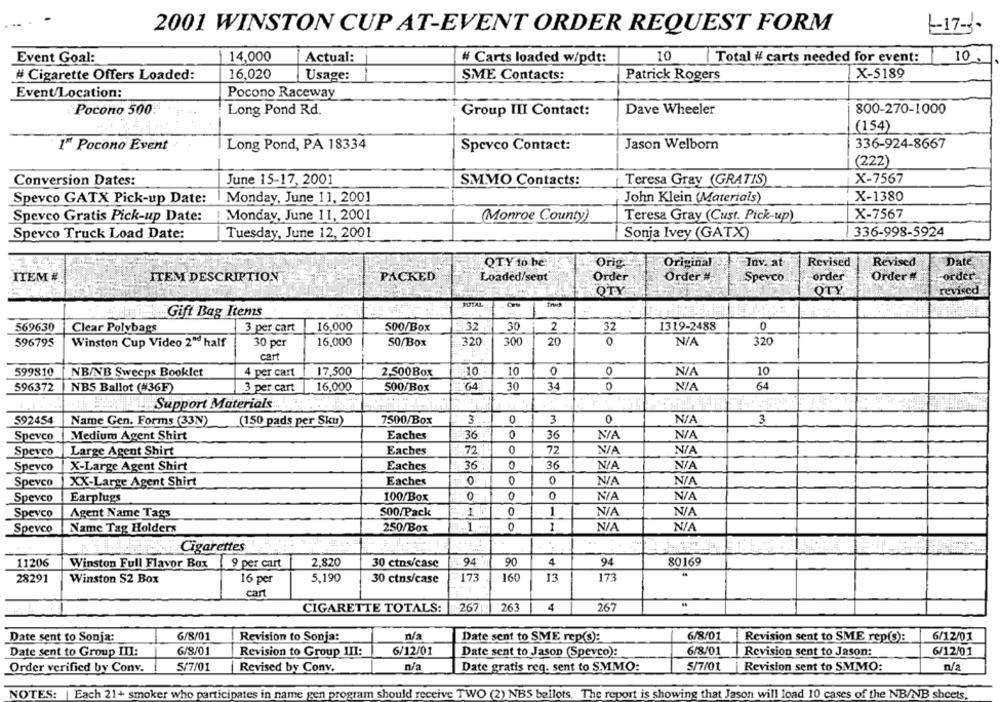
1-17%.
2001 WINSTON CUP AT-EVENT ORDER REQUEST FORM
10
Event Goal:
14,000
Actual:
# Carts loaded w/pdt:
10
Total # carts needed for event:
# Cigarette Offers Loaded:
16,020
Usage:
SME Contacts:
Patrick Rogers
X-5189
Event/Location:
Pocono Raceway
Pocono 500.
Long Pond Rd.
Group III Contact:
Dave Wheeler
800-270-1000
(154)
1ª Pocono Event
Long Pond, PA 18334
Spevco Contact:
Jason Welborn
336-924-8667
(222)
Conversion Dates:
June 15-17, 2001
SMMO Contacts:
Teresa Gray (GRATIS)
X-7567
Spevco GATX Pick-up Date: | Monday, June 11, 2001
John Klein (Materials)
X-1380
Spevco Gratis Pick-up Date:
! Monday, June 11, 2001
(Monroe County)
Teresa Gray (Cust. Pick-up)
X-7567
Spevco Truck Load Date:
Tuesday, June 12, 2001
Sonja Ivey (GATX)
336-998-5924
QTY to be:
Orig
Original
Inv. at
Revised
Revised
Date
ITEM #
ITEM DESCRIPTION
PACKED
Loaded/seut
Order
Order #
Spevco
order
Order #
order.
OTY
OTY
revised
TOTAL
Gift Bag Items
569630
Clear Polybags
3 per cart
16,000
500/Box
32
30
2
32
1319-2488
596795
Winston Cup Video 2nd half
30 per
16,000
50/Box
320
300
20
0
320
cart
599810
4 per cart
17,500
10.
10
0
0
10
NB/NB Sweeps Booklet
2.500Box
64
596372
NBS Ballot (#36F)
3 per cart
16,000
500/Box
64
30
34
0
Support
Support Materials
592454
Name Gen. Forms (33N)
7500/Box
3
0
3
0
3
(150 pads per Sku)
Eaches
36
0
36
Spevco
Medium Agent Shirt
0
72
Speveo
Large Agent Shirt
Eaches
72
Spevco
X-Large Agent Shirt
Eaches
36
0
36
NI
Spevco
XX-Large Agent Shirt
Eaches
0
0
0
Spevco
Earplugs
100/Box
0
0
0
Spevco
500/Pack
1 1
0
1
Agent Name Tags
1
1
Spevco
Name Tag Holders
250/Box
0
Cigarettes
...
11206
2,820
94.
90
4
94
80169
Winston Full Flavor Box
9 per cart
30 ctos/case
28291
Winston S2 Box
16 per
5,190
30 ctns/case
173
160
13
173
cart
CIGARETTE TOTALS:
262
263
4
267
Date sent to Sonja:
6/8/01
Revision to Sonja:
n/a
Date sent to SME rep(s):
6/8/01
Revision sent to SME rep(s):
6/12/01
Date sent to Group III:
6/8/01
Revision to Group III:
6/12/01
Date sent to Jason (Spevco):
6/8/01
Revision sent to Jason:
6/12/01
5/7/01
n/a
5/7/01
Order verified by Conv.
Revised by Conv.
Date gratis reg. sent to SMMO:
Revision sent to SMMO:
n/2
NOTES: | Each 21+ smoker who participates in name gen program should receive TWO (2) NBS ballots. The report is showing that Jason will load 10 cases of the NB/NB sheets,